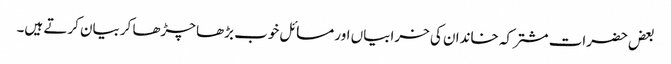
بعض حضرات مشترکہ خاندان کی خرابیاں اور مسائل خوب بڑھا چڑھا کربیان کرتے ہیں۔